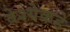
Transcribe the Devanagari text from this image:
वेश्येकडे